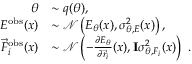
\begin{array} { r l } { \theta } & { \sim q ( \theta ) , } \\ { E ^ { \mathrm { o b s } } ( x ) } & { \sim \mathcal { N } \left( E _ { \theta } ( x ) , \sigma _ { \theta , E } ^ { 2 } ( x ) \right) , } \\ { \vec { F } _ { i } ^ { \mathrm { o b s } } ( x ) } & { \sim \mathcal { N } \left( - \frac { \partial E _ { \theta } } { \partial \vec { r } _ { i } } ( x ) , \mathbf { I } \sigma _ { \theta , F _ { i } } ^ { 2 } ( x ) \right) \ . } \end{array}